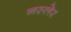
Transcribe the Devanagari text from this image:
नस्लेर